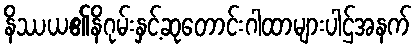
နိဿယ၏နိဂုမ်းနှင့်ဆုတောင်းဂါထာများပါဌ်အနက်